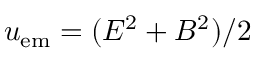
u _ { \mathrm { e m } } = ( E ^ { 2 } + B ^ { 2 } ) / 2